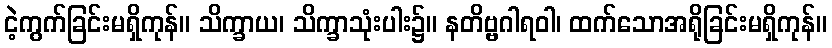
ငဲ့ကွက်ခြင်းမရှိကုန်။ သိက္ခာယ၊ သိက္ခာသုံးပါး၌။ နတိဗ္ဗဂါရဝါ၊ ထက်သောအရိုခြင်းမရှိကုန်။